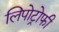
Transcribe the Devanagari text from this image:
लिपोट्रोफी